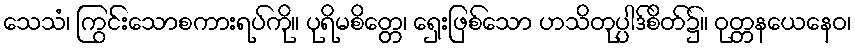
သေသံ၊ ကြွင်းသောစကားရပ်ကို။ ပုရိမစိတ္တေ၊ ရှေးဖြစ်သော ဟသိတုပ္ပါဒ်စိတ်၌။ ဝုတ္တနယေနေဝ၊